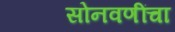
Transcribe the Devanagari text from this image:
सोनवणींचा